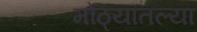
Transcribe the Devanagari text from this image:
मोठ्यातल्या